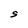
Character: S